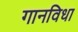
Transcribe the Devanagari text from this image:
गानविधा